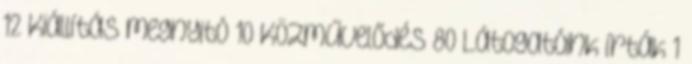
12 Kiállítás megnyitó 10 Közművelődés 80 Látogatóink írták 1